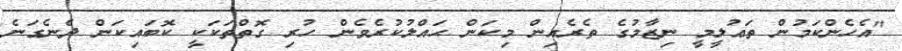
"އެހެންކަމުން ތަޢުލީމީ ނިޒާމުގެ ތެރެއިން މިކަން ޙައްލުކުރެވެން ހުރި ގޮތްތަކަކީ ކޮބައިކަން ދެނެގަނެ